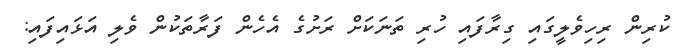
ކުރިން ރިހިވެލީގައި ގިރާފައި ހުރި ތަނަކަށް ރަށުގެ އެހެން ފަރާތަކުން ވެލި އަޅައިފައި: